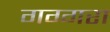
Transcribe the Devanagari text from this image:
गग्गरा